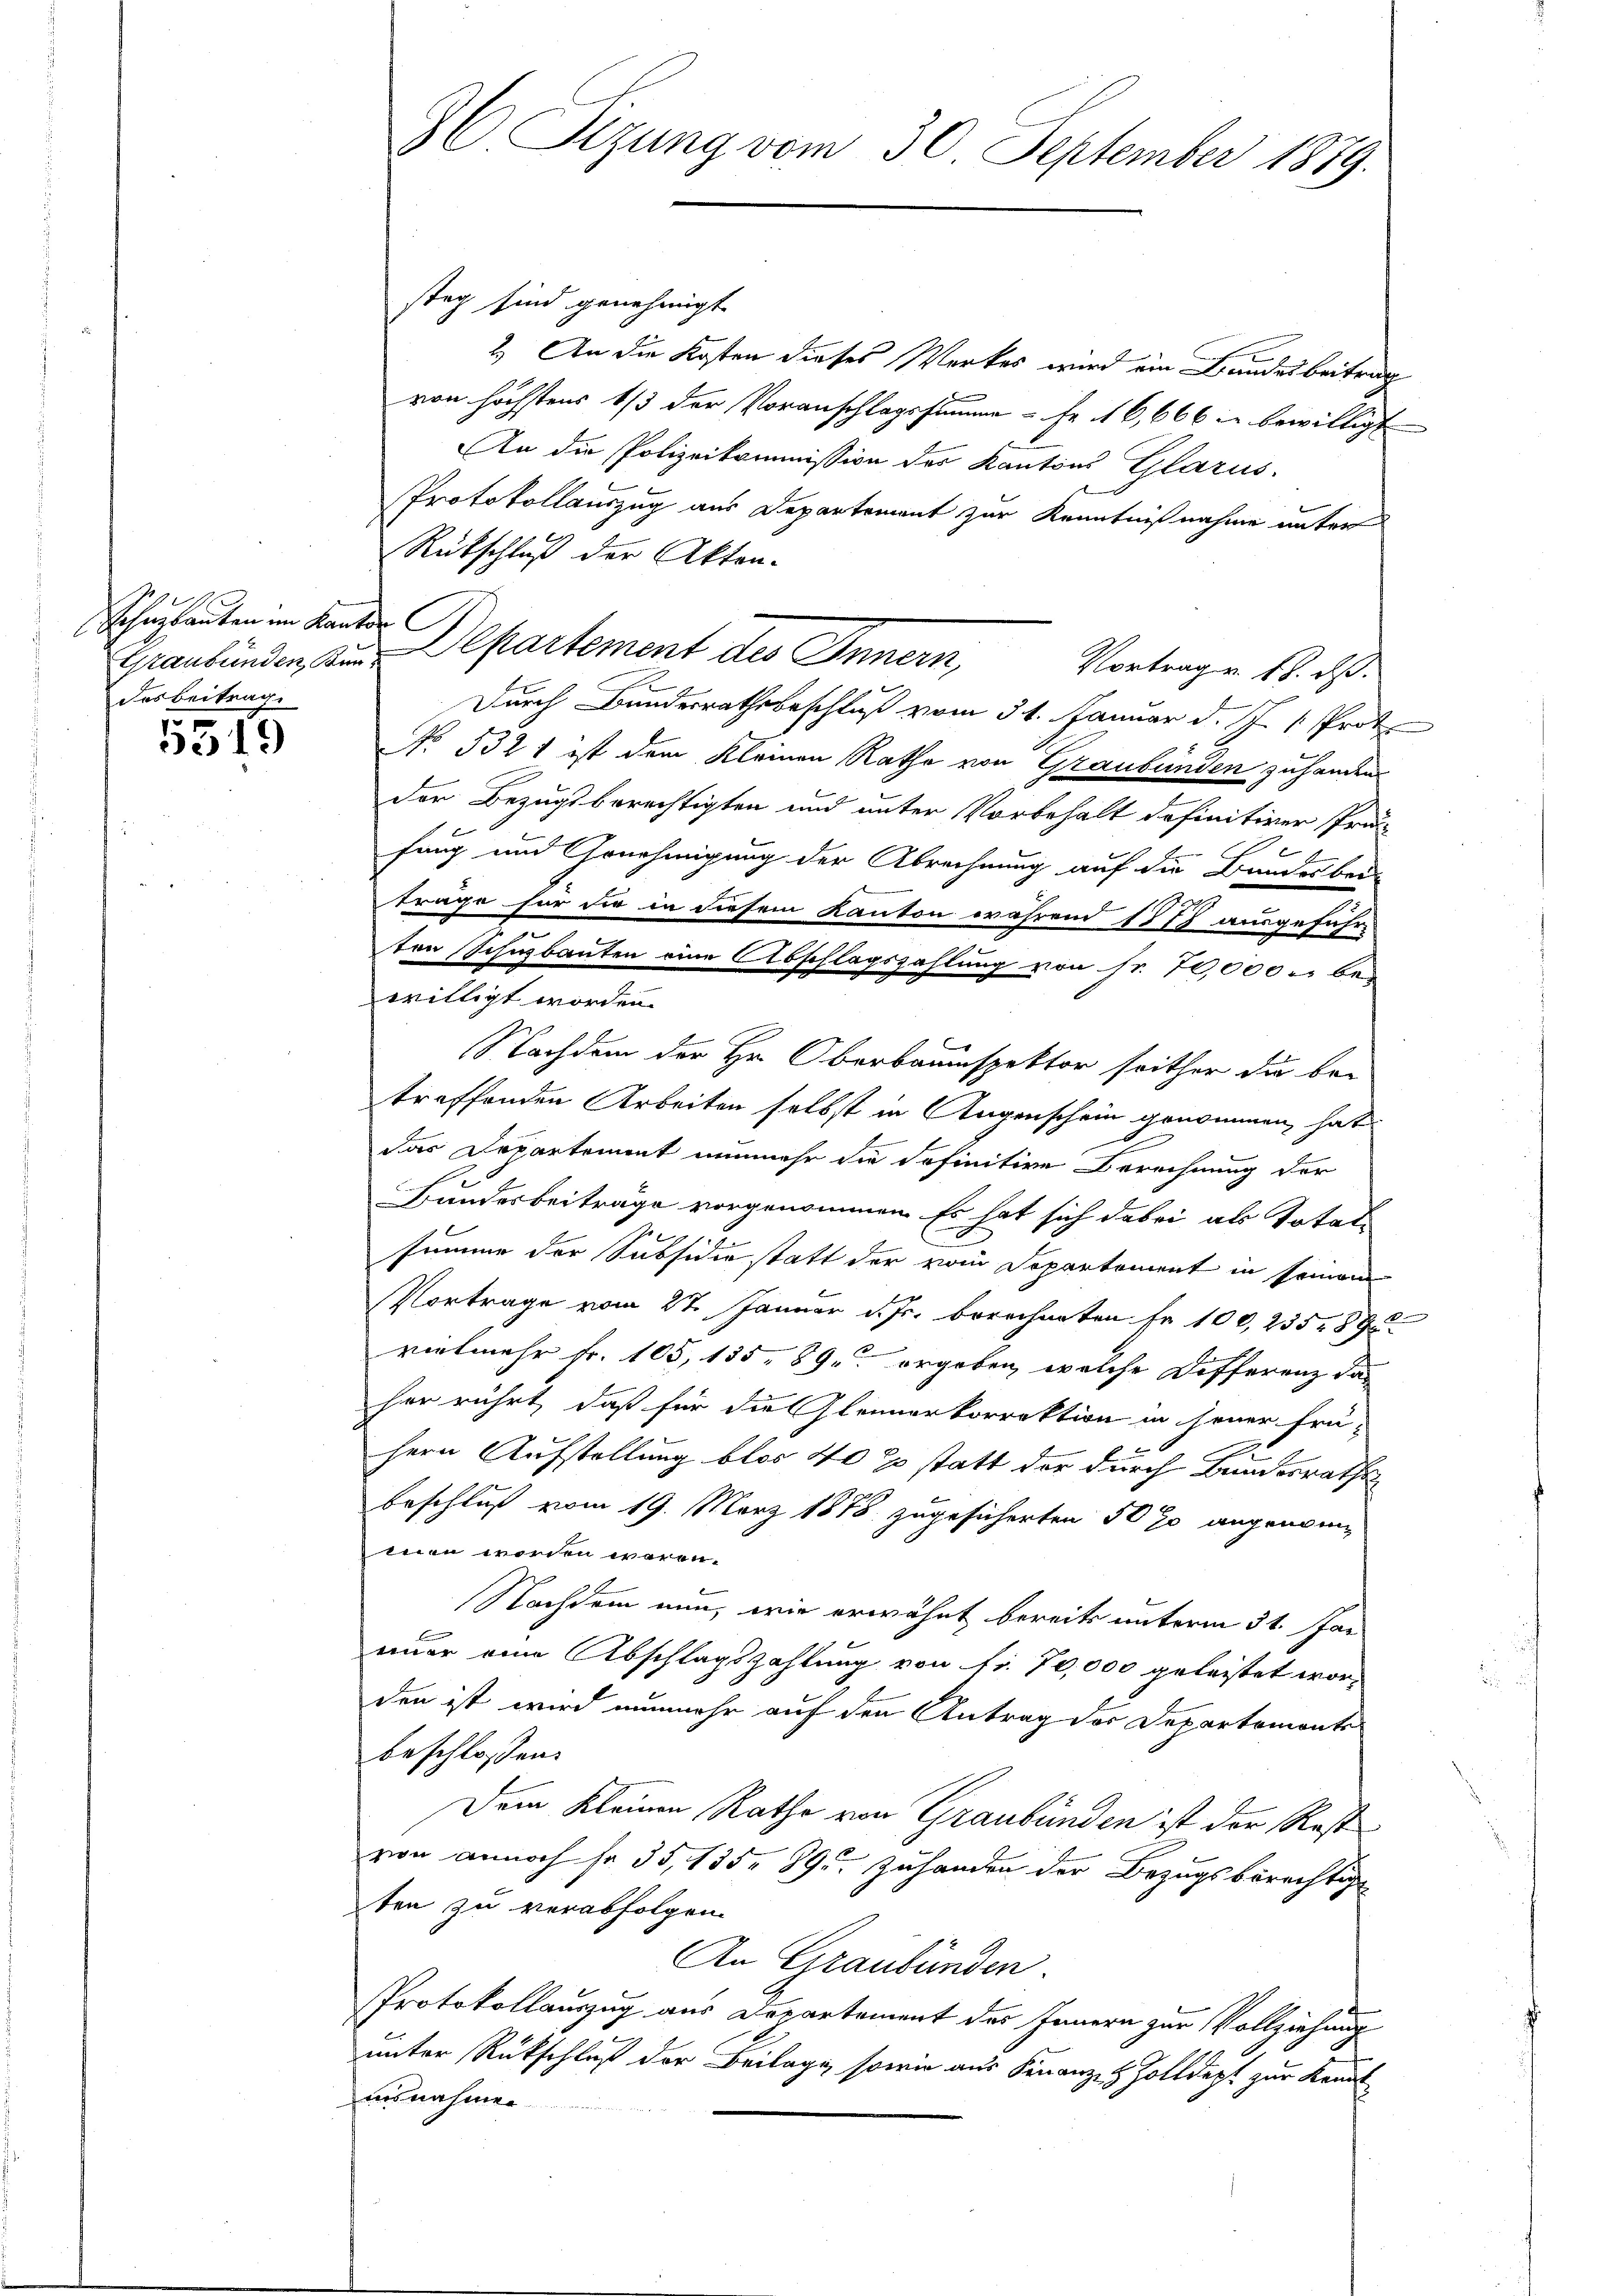
Schenbauten im Kanton
des Beitrage

5319

36 Sizung vom 30. September 1879.

stag sind genehmigt
2.) An die Kosten dieses Werkes wird ein Bandesbeitrag
von höchstens 1/3 der Voranschlagssumme - Fr. 16,666 u bewilligt
An die Polizeikommission des Kantons Glarus.
Protokollauszug aus Departement zur Kenntnißnahme unter
Rübschluß der Akten.
Graubünden, zum Departement des Innern,
Vortrag v. 18. ds.
Durch Bundesrathsbeschluß vom 31. Januar d. J. 1. Prot
No 532 1 ist dem Kleinen Rathe von Graubünden zuhanden
der Bezugsberechtigten und unter Vorbehalt definitiver Prä
2
fang und Genehmigung der Abrechnung auf die Bandes bei-
träge für die in diesem Kanton während 1777 ausgeführ-
ten Schibauten eine Abschlagszahlung von Fr. 70,000 bei
willigt worden.
Nachdem der Hr. Oberbauinspektor seither du be-
treffenden Arbeiten selbst in Augenschein genommen hat
x
n
g
das Departement nunmehr die definitive Berechnung der
Landesbeiträge vorgenommen. Es hat sich dabei als Total-
summe der Subsidie statt der vom Departement in seinem
Vortrage vom 27. Januar d. Js. berechneten Fr. 100,235.89
vielmehr fr. 105, 135, 89 ergeben, welche Differenz das
her rührt, daß für die Gleinerkorrektion in jener frü
hern Aufstellung blos 40 so statt der durch Bundesrathes
beschluß vom 19. März 1878 zugesicherten 5000 angenomwien worden wären.
b
Nachdem nun, wie erwähnt bereits unterm 31. Jan
b
immer eine Abschlagszahlung von Nr. 70,000 geleistet worden ist wird nunmehr auf den Antrag des Departemonts
beschlossen:
Dem Kleinen Rathe von Graubünden ist der Rest
von annoch so 35, 135. 895. Zuhanden der Bezugsberechtige
ten zu verabfolgen.
An Graubünden
Protokollauszug aus Departement des Innern zur Vollziehung
unter Rückschluß der Beilage, sowie aus Finanz- & Zolldept zur Kennt
ausnahmen.